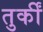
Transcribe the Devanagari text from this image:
तुर्कीं